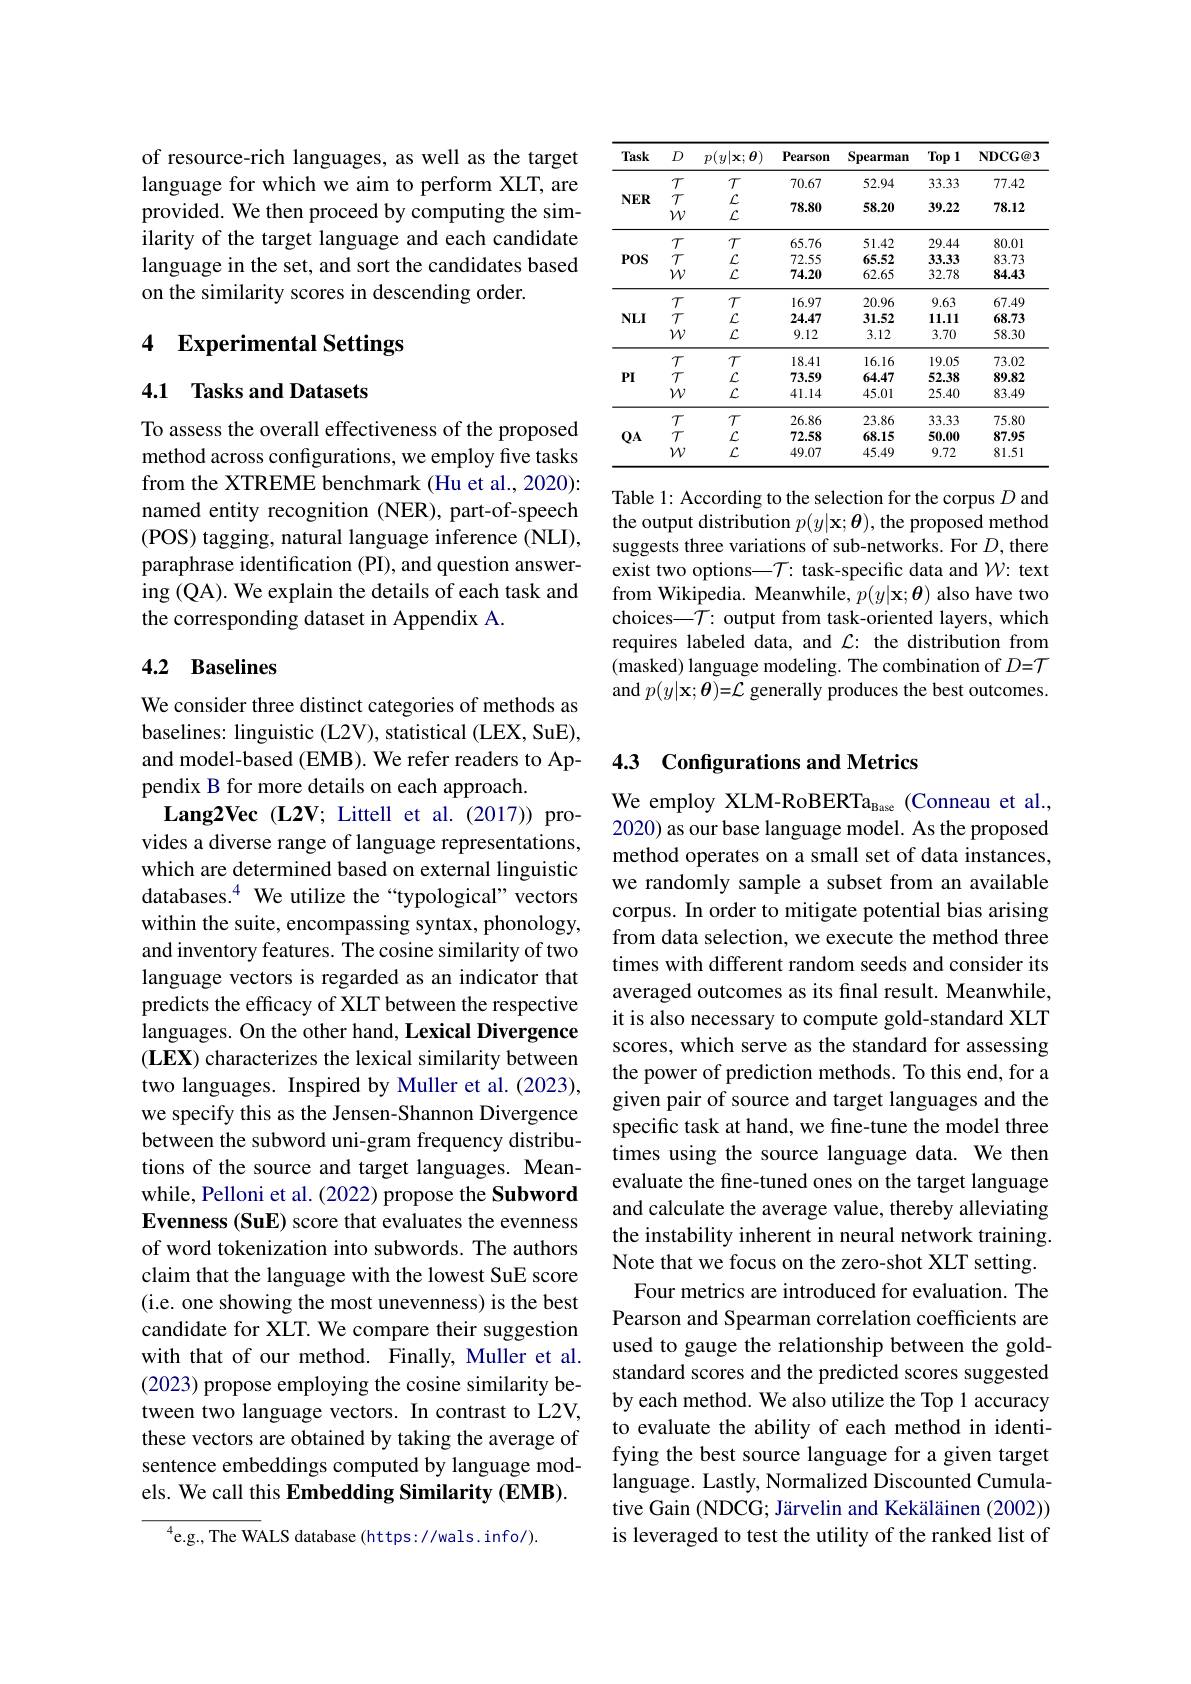
of resource-rich languages, as well as the target language for which we aim to perform XLT, are provided. We then proceed by computing the similarity of the target language and each candidate language in the set, and sort the candidates based on the similarity scores in descending order.

## 4 Experimental Settings

### 4.1 Tasks and Datasets

To assess the overall effectiveness of the proposed method across configurations, we employ five tasks from the XTREME benchmark (Hu et al., 2020): named entity recognition (NER), part-of-speech (POS) tagging, natural language inference (NLI), paraphrase identification (PI), and question answering (QA). We explain the details of each task and the corresponding dataset in Appendix A.

## 4.2 Baselines

We consider three distinct categories of methods as baselines: linguistic (L2V), statistical (LEX, SuE), and model-based (EMB). We refer readers to Appendix B for more details on each approach.
Lang2Vec (L2V; Littell et al. (2017)) provides a diverse range of language representations, which are determined based on external linguistic databases.$^{4}$ We utilize the“typological” vectors within the suite, encompassing syntax, phonology, and inventory features. The cosine similarity of two language vectors is regarded as an indicator that predicts the efficacy of XLT between the respective languages. On the other hand, Lexical Divergence (LEX) characterizes the lexical similarity between two languages. Inspired by Muller et al. (2023), we specify this as the Jensen-Shannon Divergence between the subword uni-gram frequency distributions of the source and target languages. Meanwhile, Pelloni et al. (2022) propose the Subword Evenness (SuE) score that evaluates the evenness of word tokenization into subwords. The authors claim that the language with the lowest SuE score (i.e. one showing the most unevenness) is the best candidate for XLT. We compare their suggestion with that of our method. Finally, Muller et al. (2023) propose employing the cosine similarity between two language vectors. In contrast to L2V, these vectors are obtained by taking the average of sentence embeddings computed by language models. We call this Embedding Similarity (EMB).
$^{4}$e.g., The WALS database(https://wals.info/).

<table>
	<tbody>
		<tr>
			<th>Task</th>
			<th>$D$</th>
			<th>$p(y|\mathbf{x};\boldsymbol{\theta})$</th>
			<th>Pearson</th>
			<th>Spearman</th>
			<th>Top 1</th>
			<th>NDCG@ 3</th>
		</tr>
		<tr>
			<td rowspan="2">$NER$</td>
			<td>$T$</td>
			<td>$T$</td>
			<td>70.67</td>
			<td>52.94</td>
			<td>33.33</td>
			<td>77.42</td>
		</tr>
		<tr>
			<td>$T$ $\mathcal{W}$</td>
			<td>$\mathcal{L}$ $\mathcal{L}$</td>
			<td>78.80</td>
			<td>58.20</td>
			<td>39.22</td>
			<td>78.12</td>
		</tr>
		<tr>
			<td rowspan="3">$POS$</td>
			<td>$T$</td>
			<td>$T$</td>
			<td>65.76</td>
			<td>51.42</td>
			<td>29.44</td>
			<td>80.01</td>
		</tr>
		<tr>
			<td>$T$</td>
			<td>$\mathcal{L}$</td>
			<td>72.55</td>
			<td>65.52</td>
			<td>33.33</td>
			<td>83.73</td>
		</tr>
		<tr>
			<td>$\mathcal{W}$</td>
			<td>$\mathcal{L}$</td>
			<td>74.20</td>
			<td>62.65</td>
			<td>32.78</td>
			<td>84.43</td>
		</tr>
		<tr>
			<td rowspan="3">$NLI$</td>
			<td>$T$</td>
			<td>$T$</td>
			<td>16.97</td>
			<td>20.96</td>
			<td>9.63</td>
			<td>67.49</td>
		</tr>
		<tr>
			<td>$T$</td>
			<td>$\mathcal{L}$</td>
			<td>24.47</td>
			<td>31.52</td>
			<td>11.11</td>
			<td>68.73</td>
		</tr>
		<tr>
			<td>$\mathcal{W}$</td>
			<td>$\mathcal{L}$</td>
			<td>9.12</td>
			<td>3.12</td>
			<td>3.70</td>
			<td>58.30</td>
		</tr>
		<tr>
			<td rowspan="3">$PI$</td>
			<td>$T$</td>
			<td>$T$</td>
			<td>18.41</td>
			<td>16.16</td>
			<td>19.05</td>
			<td>73.02</td>
		</tr>
		<tr>
			<td>$T$</td>
			<td>$\mathcal{L}$</td>
			<td>73.59</td>
			<td>64.47</td>
			<td>52.38</td>
			<td>89.82</td>
		</tr>
		<tr>
			<td>$\mathcal{W}$</td>
			<td>$\mathcal{L}$</td>
			<td>41.14</td>
			<td>45.01</td>
			<td>25.40</td>
			<td>83.49</td>
		</tr>
		<tr>
			<td rowspan="3">$QA$</td>
			<td>$T$</td>
			<td>$T$</td>
			<td>26.86</td>
			<td>23.86</td>
			<td>33.33</td>
			<td>75.80</td>
		</tr>
		<tr>
			<td>$T$</td>
			<td>$\mathcal{L}$</td>
			<td>72.58</td>
			<td>68.15</td>
			<td>50.00</td>
			<td>87.95</td>
		</tr>
		<tr>
			<td>$\mathcal{W}$</td>
			<td>$\mathcal{L}$</td>
			<td>49.07</td>
			<td>45.49</td>
			<td>9.72</td>
			<td>81.51</td>
		</tr>
	</tbody>
</table>

Table 1: According to the selection for the corpus $D$ and the output distribution $p(y|\mathbf{x};\boldsymbol{\theta})$, the proposed method suggests three variations of sub-networks. For $D$,there exist two options—$\mathcal{T}:$ task-specific data and $\mathcal{W}:$ text from Wikipedia. Meanwhile, $p(y|\mathbf{x};\boldsymbol{\theta})$ also have two choices$-\mathcal{T}:$ output from task-oriented layers, which requires labeled data, and $\mathcal{L}:$ the distribution from (masked) language modeling. The combination of $D=\mathcal{T}$ and $p(y|\mathbf{x};\boldsymbol{\theta})=\mathcal{L}$ generally produces the best outcomes.

### 4.3 Configurations and Metrics

We employ XLM-RoBERTa$_\mathrm{Base}$ (Conneau et al. 2020) as our base language model. As the proposed method operates on a small set of data instances, we randomly sample a subset from an available corpus. In order to mitigate potential bias arising from data selection, we execute the method three times with different random seeds and consider its averaged outcomes as its final result. Meanwhile, it is also necessary to compute gold-standard XLT scores, which serve as the standard for assessing the power of prediction methods. To this end, for a given pair of source and target languages and the specific task at hand, we fine-tune the model three times using the source language data. We then evaluate the fine-tuned ones on the target language and calculate the average value, thereby alleviating the instability inherent in neural network training. Note that we focus on the zero-shot XLT setting.
Four metrics are introduced for evaluation. The Pearson and Spearman correlation coefficients are used to gauge the relationship between the goldstandard scores and the predicted scores suggested by each method. We also utilize the Top 1 accuracy to evaluate the ability of each method in identifying the best source language for a given target language. Lastly, Normalized Discounted Cumulative Gain (NDCG; Järvelin and Kekäläinen (2002)) is leveraged to test the utility of the ranked list of